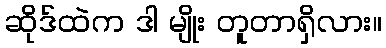
ဆိုဒ်ထဲက ဒါ မျိုး တူတာရှိလား။